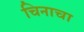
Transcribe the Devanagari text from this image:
चिनाचा